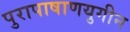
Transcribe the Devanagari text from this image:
पुरापाषाणयुगीन